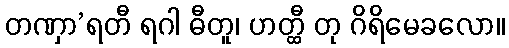
တဏှာ’ရတီ ရဂါ ဓီတူ၊ ဟတ္ထီ တု ဂိရိမေခလော။